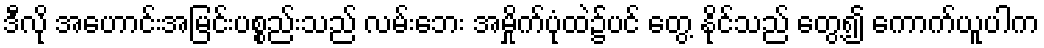
ဒီလို အဟောင်းအမြင်းပစ္စည်းသည် လမ်းဘေး အမှိုက်ပုံထဲ၌ပင် တွေ့ နိုင်သည် တွေ့၍ ကောက်ယူပါက